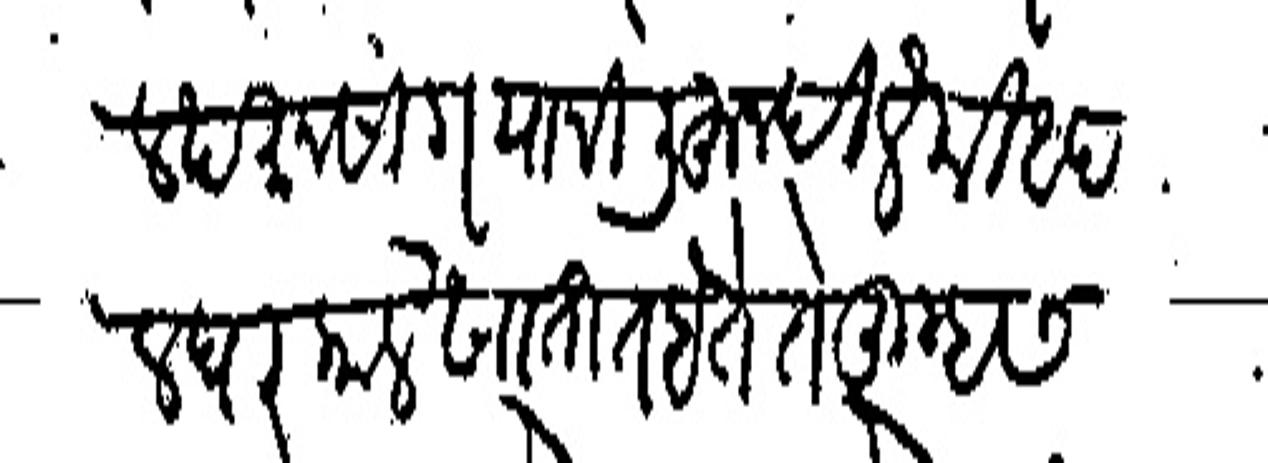
Transliteration (Devanagari): लखमनसिग याणी लिहून दिले की आपल घर काले खातात होते ते तुम्हास